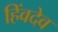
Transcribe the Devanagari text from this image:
हिंवदेव